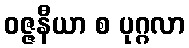
ဝဇ္ဇနီယာ စ ပုဂ္ဂလာ